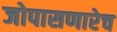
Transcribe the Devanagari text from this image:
जोपासणारेच